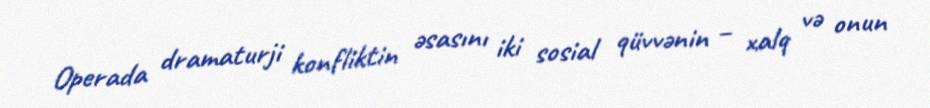
Operada dramaturji konfliktin əsasını iki sosial qüvvənin – xalq və onun